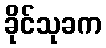
ခိုင်သုခက